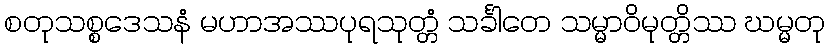
စတုသစ္စဒေသနံ မဟာအဿပုရသုတ္တံ သင်္ခါတေ သမ္မာဝိမုတ္တိဿ ဃမ္မတု